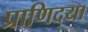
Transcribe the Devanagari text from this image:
प्राणिदया